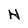
Character: H